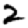
Digit: 2